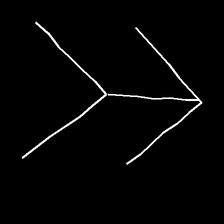
Glyph: gather